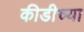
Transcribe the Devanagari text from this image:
कीडीच्या